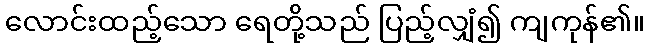
လောင်းထည့်သော ရေတို့သည် ပြည့်လျှံ၍ ကျကုန်၏။